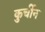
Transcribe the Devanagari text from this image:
कुर्चीन